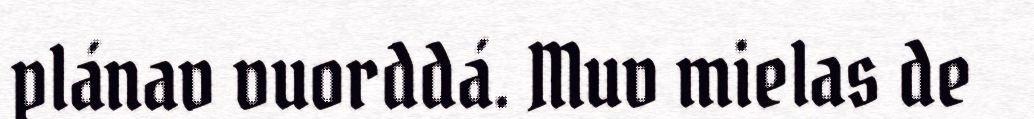
plánav vuorddá. Muv mielas de